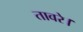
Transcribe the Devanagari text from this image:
तावरे।